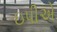
ઇપીએ